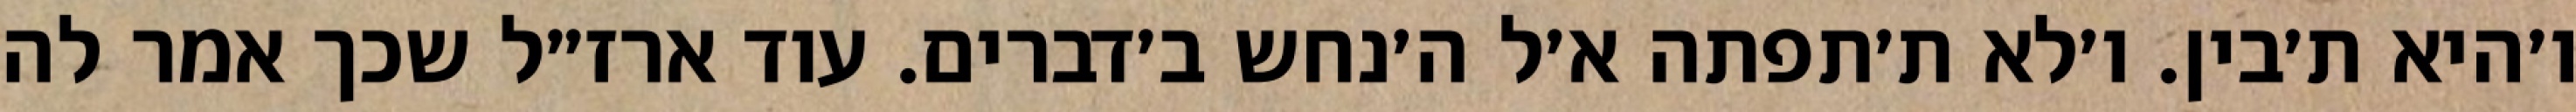
ו׳היא ת׳בין. ו׳לא ת׳תפתה א׳ל ה׳נחש ב׳דברים. עוד ארז״ל שכך אמר לה